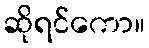
ဆိုရင်ကော။